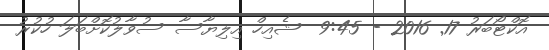
އޮކްޓޯބަރު 17